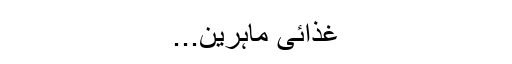
غذائی ماہرین...